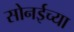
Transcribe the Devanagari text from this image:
सोनईच्या